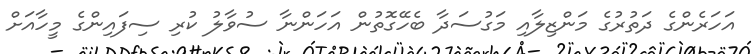
އަހަރެންގެ ދަތުރުގެ މަންޒިލާއި މަގުސަދާ ބެހޭގޮތުން އަހަންނާ ސުވާލު ކުރި ސިފައިންގެ މީހާއަށް